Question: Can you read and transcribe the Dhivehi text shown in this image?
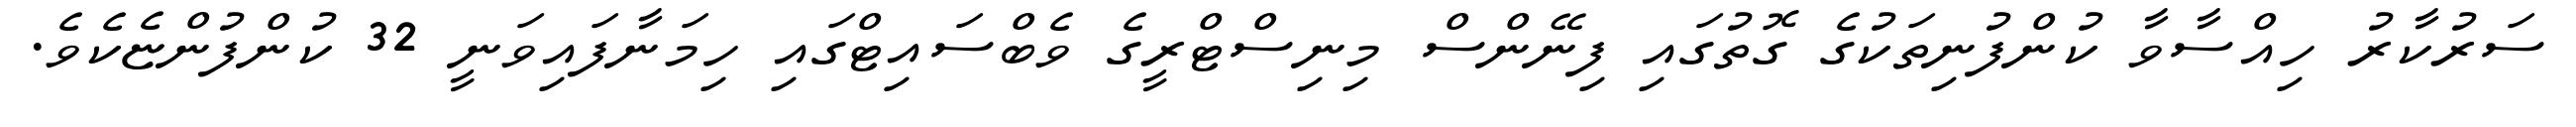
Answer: ސަރުކާރު ހިއްސާވާ ކުންފުނިތަކުގެ ގޮތުގައި ފިނޭންސް މިނިސްޓްރީގެ ވެބްސައިޓްގައި ހިމަނާފައިވަނީ 32 ކުންފުންޏެކެވެ.